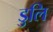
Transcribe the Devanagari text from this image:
डुलि